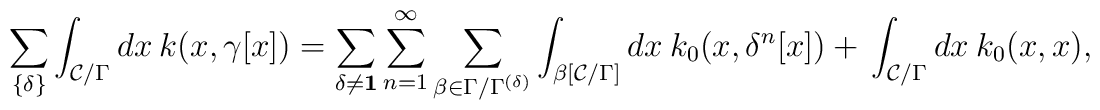
\sum_{\{\delta\}} \int_{{\cal C}/\Gamma} dx ~ k(x,\gamma [x]) =      \sum_{\delta \neq {\bf 1}} \sum_{n=1}^{\infty}       \sum_{\beta \in \Gamma/\Gamma^{(\delta)} }        \int_{\beta[{\cal C}/\Gamma]}  dx ~ k_0(x, \delta^n [x] )             ~+~ \int_{{\cal C}/\Gamma}  dx ~ k_0(x, x ),